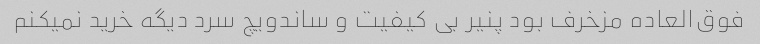
فوق‌العاده مزخرف بود پنیر بی کیفیت و ساندویچ سرد دیگه خرید نمیکنم